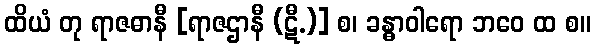
ထိယံ တု ရာဇဓာနီ [ရာဇဌာနီ (ဋီ.)] စ၊ ခန္ဓာဝါရော ဘဝေ ထ စ။